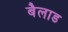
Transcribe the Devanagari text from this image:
बैलाड